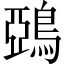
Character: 鵶